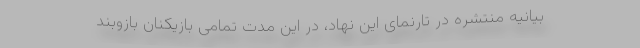
بیانیه منتشره در تارنمای این نهاد، در این مدت تمامی بازیکنان بازوبند